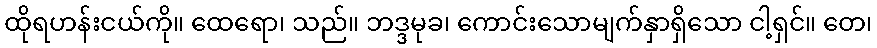
ထိုရဟန်းငယ်ကို။ ထေရော၊ သည်။ ဘဒ္ဒမုခ၊ ကောင်းသောမျက်နှာရှိသော ငါ့ရှင်။ တေ၊